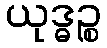
ယုဒ္ဓဉ္စ